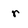
Character: r